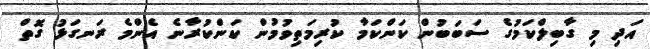
އަދި މި ގާބިލްކަމުގެ ސަބަބުން ކަންކަމާ ކުރިމަތިވުމުން ކަންކުރާނެ އެންމެ ރަނގަޅު ގޮތް